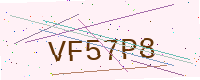
Text: VF57P8